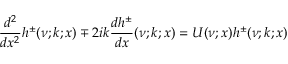
\frac { d ^ { 2 } } { d x ^ { 2 } } h ^ { \pm } ( \nu ; k ; x ) \mp 2 i k \frac { d h ^ { \pm } } { d x } ( \nu ; k ; x ) = U ( \nu ; x ) h ^ { \pm } ( \nu ; k ; x )